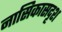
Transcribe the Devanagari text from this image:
नासिकासदृश